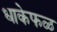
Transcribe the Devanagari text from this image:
धाकेफळ